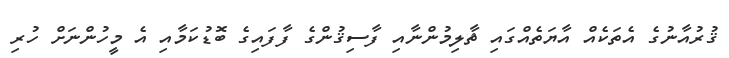
ޤުރުއާނުގެ އެތަކެއް އާޔަތެއްގައި ޡާލިމުންނާއި ފާސިޤުންގެ ފާފައިގެ ބޮޑުކަމާއި އެ މީހުންނަށް ހުރި